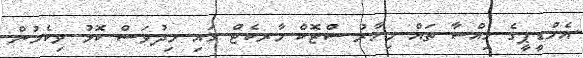
އެމްޑީޕީގެ ހިއްސާ ތައް މިހާރު ސްޓޮކް މާރކެޓް ގައި މިދުވަސް ކޮޅު ވިކެމުން